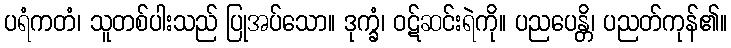
ပရံကတံ၊ သူတစ်ပါးသည် ပြုအပ်သော။ ဒုက္ခံ၊ ဝဋ်ဆင်းရဲကို။ ပညပေန္တိ၊ ပညတ်ကုန်၏။